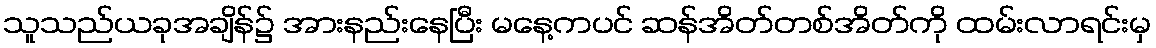
သူသည်ယခုအချိန်၌ အားနည်းနေပြီး မနေ့ကပင် ဆန်အိတ်တစ်အိတ်ကို ထမ်းလာရင်းမှ